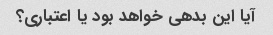
آیا این بدهی خواهد بود یا اعتباری؟